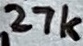
Text: 27k